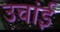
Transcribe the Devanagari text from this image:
उचांई